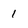
Character: 1